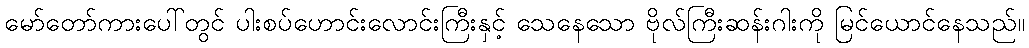
မော်တော်ကားပေါ်တွင် ပါးစပ်ဟောင်းလောင်းကြီးနှင့် သေနေသော ဗိုလ်ကြီးဆန်းဂါးကို မြင်ယောင်နေသည်။